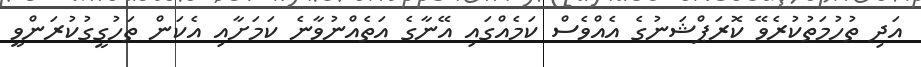
އަދި ތުހުމަތުކުރެވޭ ކޮރަޕްޝަނުގެ އެއްވެސް ކަމެއްގައި އޭނާގެ އަތެއްނުވާނެ ކަމަށާއި އެކަން ތަހުގީގުކުރަންވީ